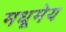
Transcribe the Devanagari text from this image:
मधूमेय